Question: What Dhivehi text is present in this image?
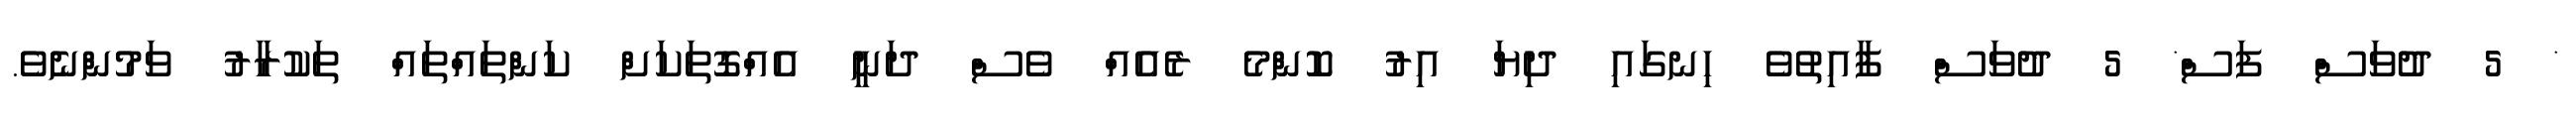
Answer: * 5 ދުވަސް ފަސް* 5 ދުވަސް ފާއިތުވެ ހިނގައި ދިޔަ އިރު ކޮންމެ ރެއެއް ވެސް ދަނީ އެއްގޮތަކަށް ކަންތައްތައް ތަކުރާރު ވަމުންނެވެ.